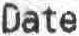
DATE